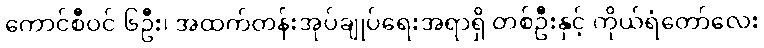
ကောင်စီဝင် ၆ဦး၊ အထက်တန်းအုပ်ချုပ်ရေးအရာရှိ တစ်ဦးနှင့် ကိုယ်ရံတော်လေး